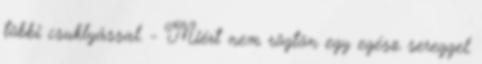
többi csuklyással. - Miért nem rögtön egy egész sereggel